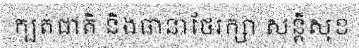
ក្បត់ជាតិ និងធានាថែរក្សា សន្តិសុខ